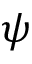
\psi